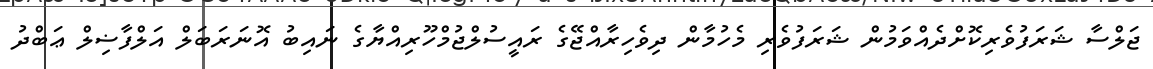
ޖަލްސާ ޝަރަފުވެރިކޮށްދެއްވަމުން ޝަރަފުވެރި މެހުމާން ދިވެހިރާއްޖޭގެ ރައީސުލްޖުމްހޫރިއްޔާގެ ނައިބު އޮނަރަބަލް އަލްފާޟިލް ޢަބްދު